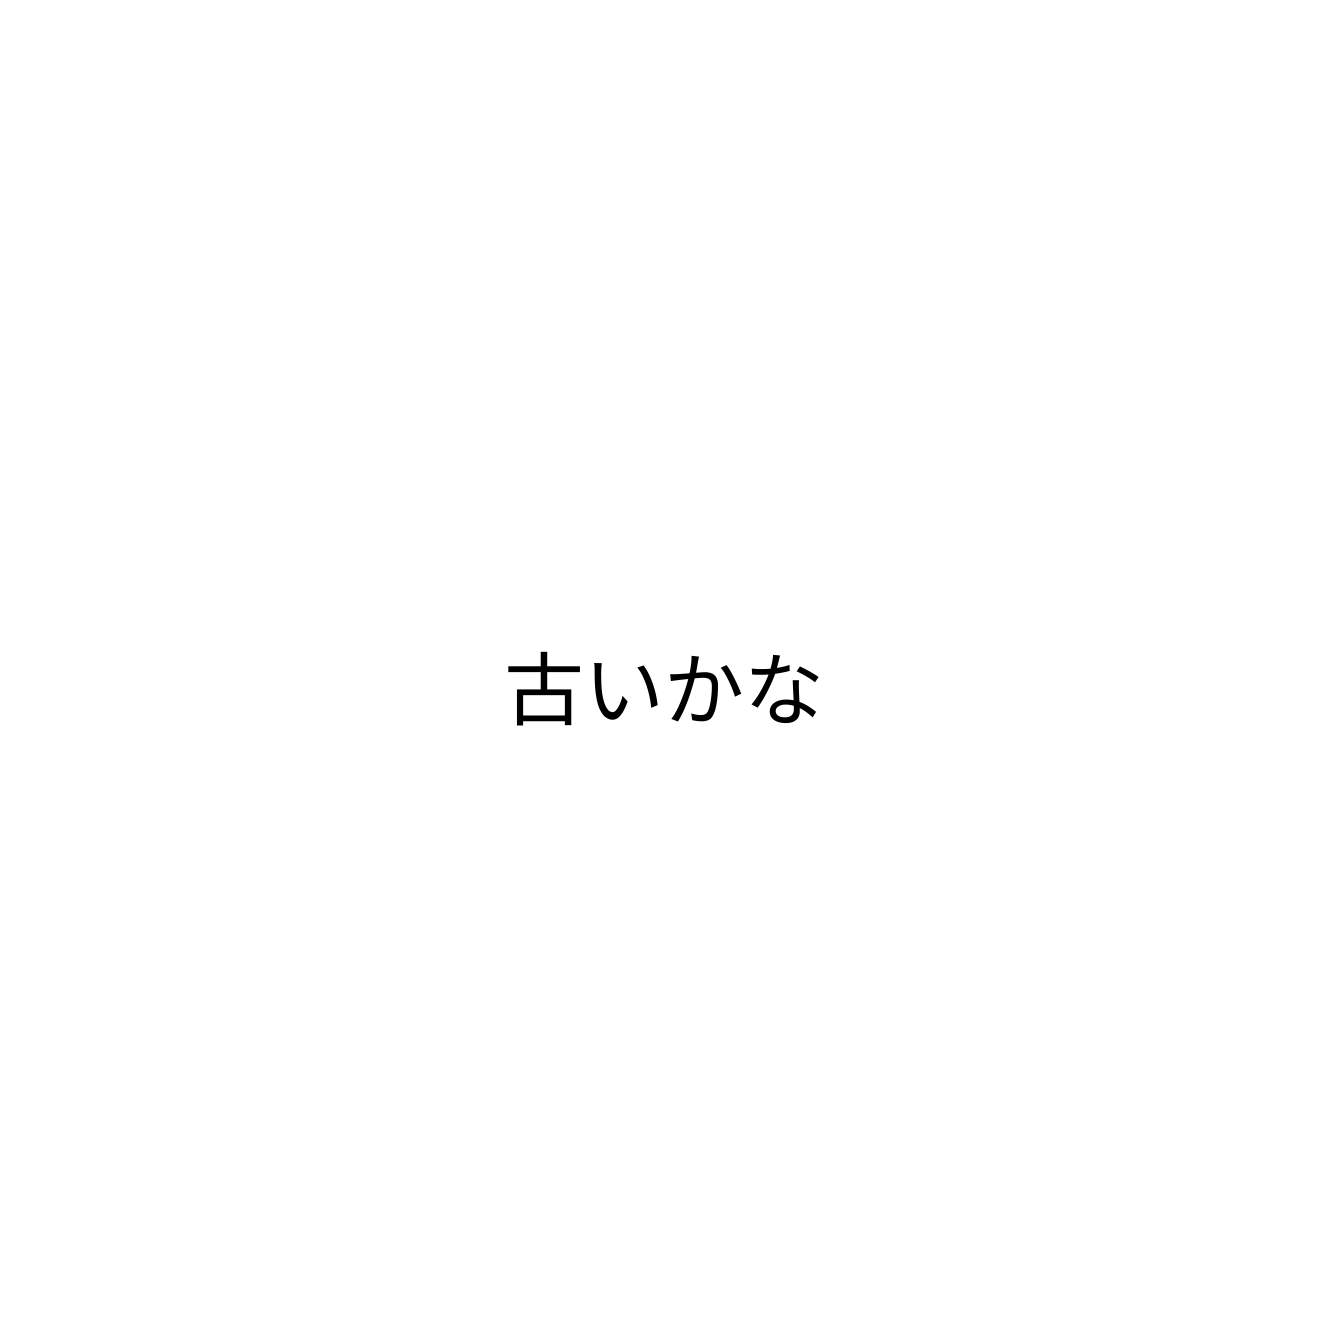
古いかな